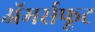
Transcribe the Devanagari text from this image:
अॅमर्सफूट